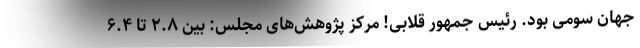
جهان سومی بود. رئیس جمهور قلابی! مرکز پژوهش‌های مجلس: بین ۲.۸ تا ۶.۴